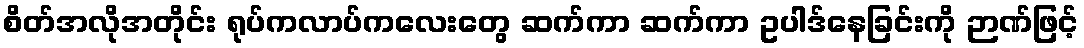
စိတ်အလိုအတိုင်း ရုပ်ကလာပ်ကလေးတွေ ဆက်ကာ ဆက်ကာ ဥပါဒ်နေခြင်းကို ဉာဏ်ဖြင့်